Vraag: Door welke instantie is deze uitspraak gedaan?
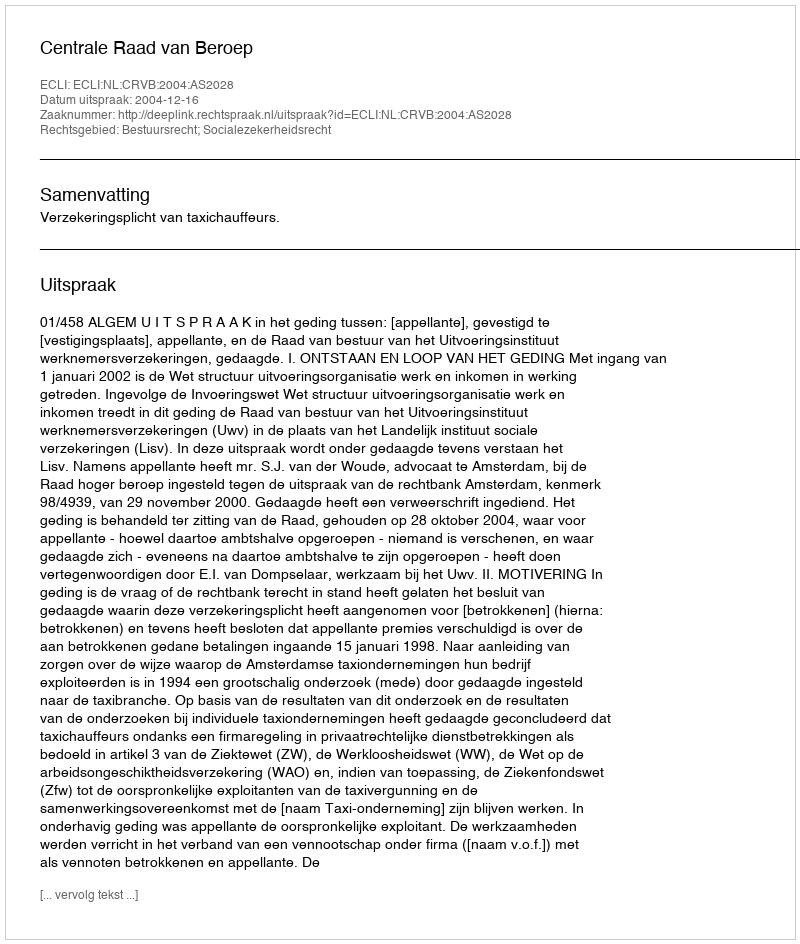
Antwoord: Centrale Raad van Beroep